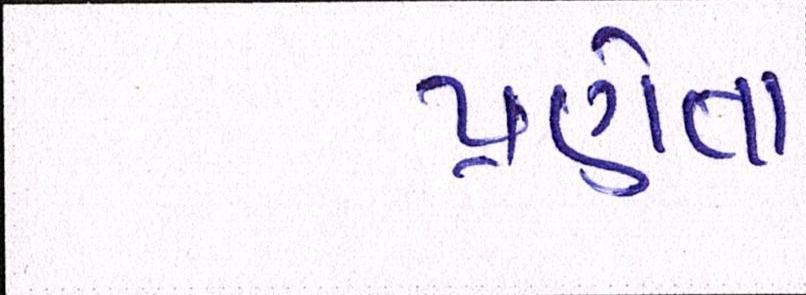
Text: પ્રણેતા